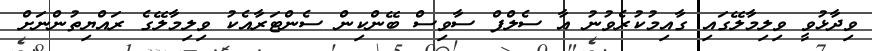
ވިދާޅުވީ ވިލިމާލޭގައި ގާއިމުކުރެވުނު އާ ސެލްފް ސާވިސް ބޭންކިން ސެންޓަރާއެކު ވިލިމާލޭގެ ރައްޔިތުންނަށް